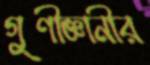
গুণীজ্ঞানীর